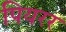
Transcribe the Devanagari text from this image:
पियरर